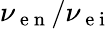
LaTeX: \nu_{\mathrm{~e~n~}}/\nu_{\mathrm{~e~i~}}